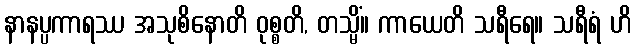
နာနပ္ပကာရဿ အသုစိနောတိ ဝုစ္စတိ, တသ္မိံ။ ကာယေတိ သရီရေ။ သရီရံ ဟိ